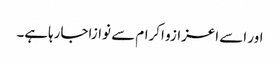
اور اسے اعزازو اکرام سے نوازاجارہاہے۔